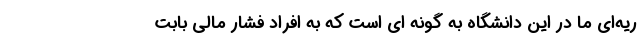
ریه‌ای ما در این دانشگاه به گونه ای است که به افراد فشار مالی بابت